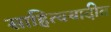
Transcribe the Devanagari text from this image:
साहित्ययादीत